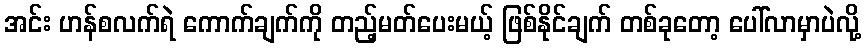
အင်း ဟန်စလက်ရဲ ကောက်ချက်ကို တည့်မတ်ပေးမယ့် ဖြစ်နိုင်ချက် တစ်ခုတော့ ပေါ်လာမှာပဲလို့